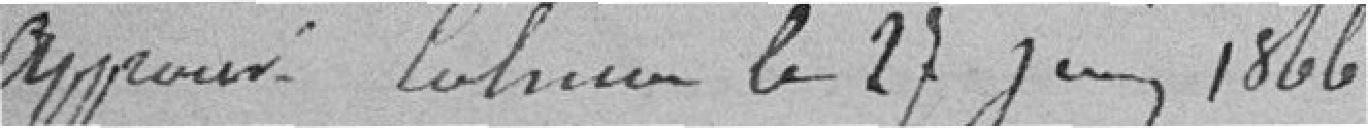
Approuvé. LEHMANN le 27 juin 1866